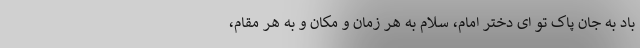
باد به جان پاک تو ای دختر امام، سلام به هر زمان و مکان و به هر مقام،